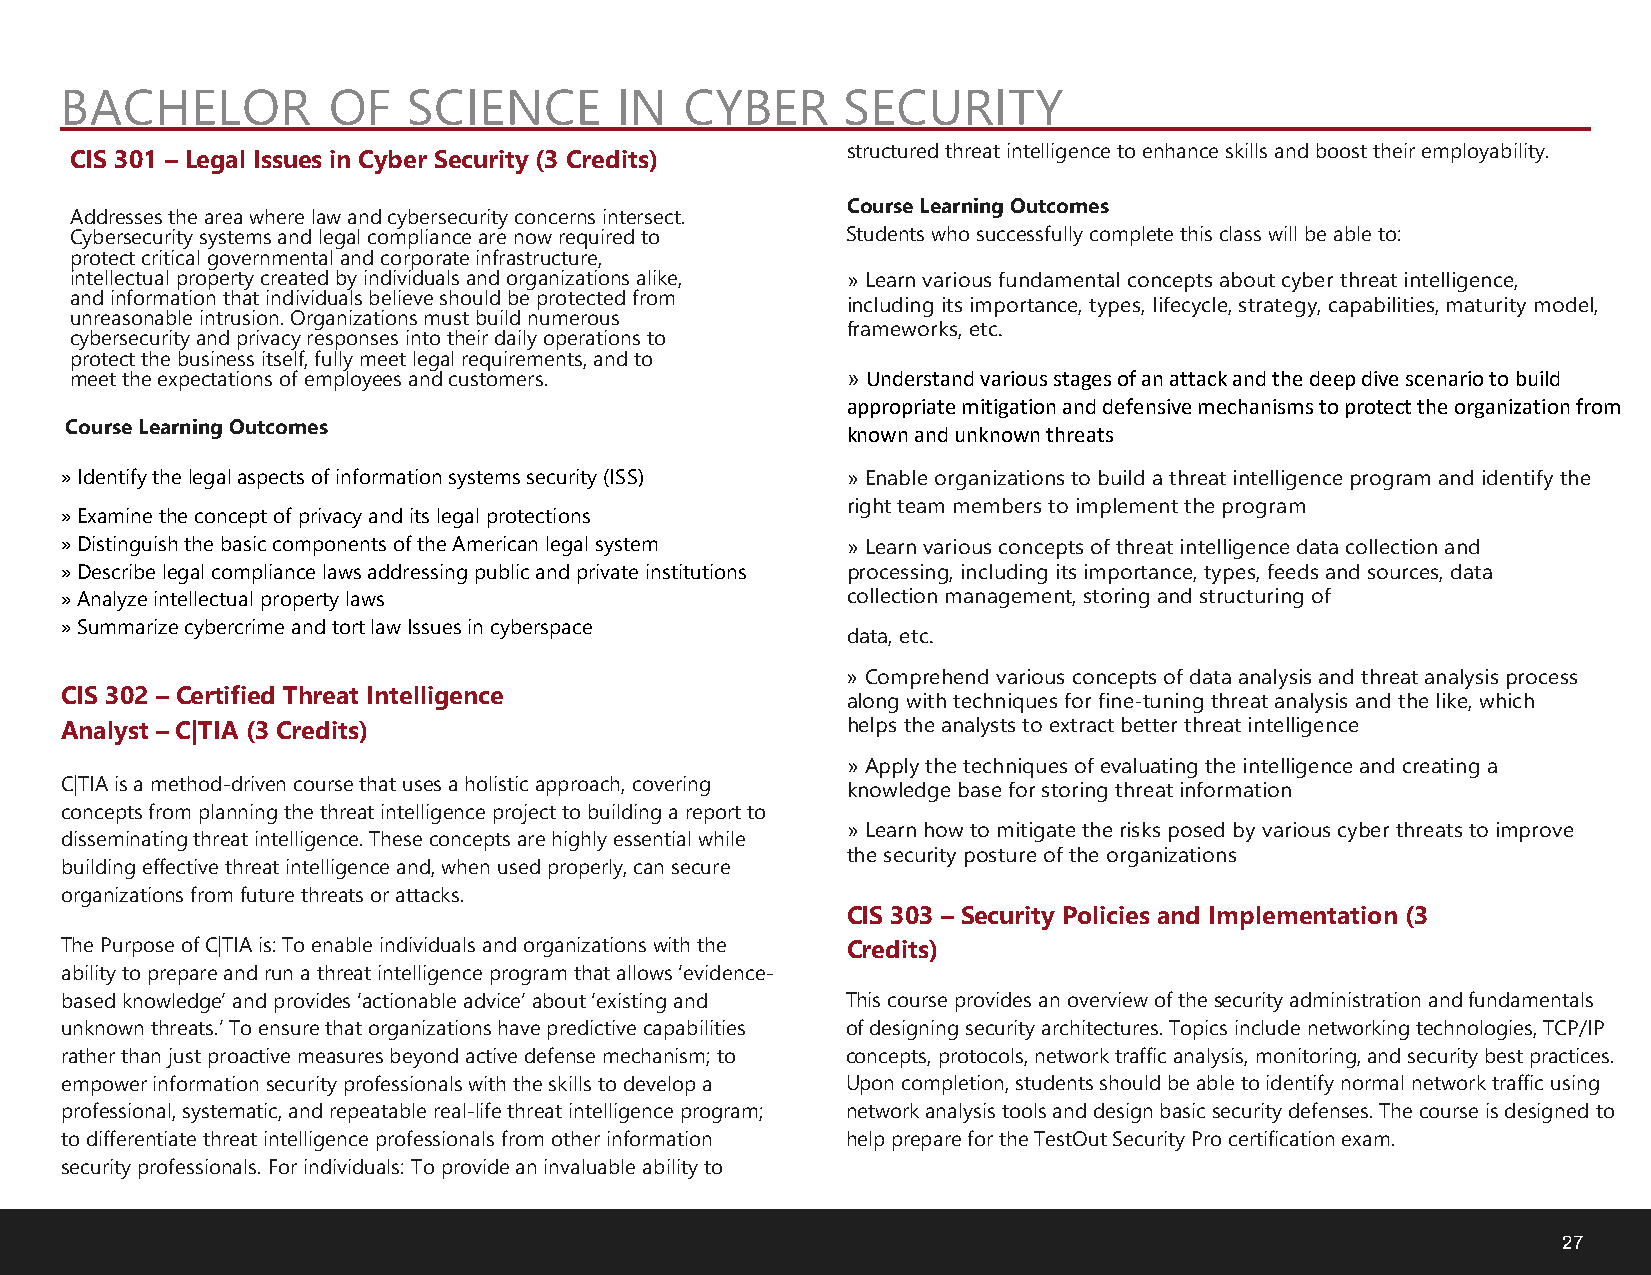
BACHELOR          OF   SCIENCE       IN  CYBER      SECURITY
 structured threat intelligence to enhance skills and boost their employability.
 CIS 301 – Legal Issues in Cyber Security (3 Credits)
 Course Learning Outcomes
 Addresses the area where law and cybersecurity concerns intersect.
 Cybersecurity systems and legalcompliance are now required to Students who successfully complete this class will be able to:
 protectcritical governmental and corporate infrastructure,
 intellectual propertycreated by individuals and organizations alike, »Learn various fundamental concepts about cyber threat intelligence,
 and information that individuals believe should be protected from
 including its importance, types, lifecycle, strategy, capabilities, maturity model,
 unreasonable intrusion. Organizations must build numerous
 frameworks, etc.
 cybersecurity and privacy responses into their daily operations to
 protect the business itself, fully meet legal requirements, and to
 meet the expectations of employees and customers.  » Understand various stages of an attack and the deep dive scenario to build
 appropriate mitigation and defensive mechanisms to protect the organization from
 Course Learning Outcomes                            known and unknown threats
 »Identify the legal aspects of information systems security (ISS) »Enable organizations to build a threat intelligence program and identify the
 right team members to implement the program
 »Examine the concept of privacy and its legal protections
 »Distinguish the basic components of the American legal system »Learn various concepts of threat intelligence data collection and
 »Describe legal compliance laws addressing public and private institutions processing, including its importance, types, feeds and sources, data
 »Analyze intellectual property laws                 collection management, storing and structuring of
 »Summarize cybercrime and tort law Issues in cyberspace
 data, etc.
 » Comprehend various concepts of data analysis and threat analysis process
 CIS 302 – Certified Threat Intelligence             along with techniques for fine-tuning threat analysis and the like, which
 Analyst – C|TIA (3 Credits)                         helps the analysts to extract better threat intelligence
 »Apply the techniques of evaluating the intelligence and creating a
 C|TIA is a method-driven course that uses a holistic approach, covering knowledge base for storing threat information
 concepts from planning the threat intelligence project to building a report to
 »Learn how to mitigate the risks posed by various cyber threats to improve
 disseminating threat intelligence. These concepts are highly essential while
 the security posture of the organizations
 building effective threat intelligence and, when used properly, can secure
 organizations from future threats or attacks.
 CIS 303 – Security Policies and Implementation (3
 The Purpose of C|TIA is: To enable individuals and organizations with the Credits)
 ability to prepare and run a threat intelligence program that allows ‘evidence-
 based knowledge’ and provides ‘actionable advice’ about ‘existing and This course provides an overview of the security administration and fundamentals
 unknown threats.’ To ensure that organizations have predictive capabilities of designing security architectures. Topics include networking technologies, TCP/IP
 rather than just proactive measures beyond active defense mechanism; to concepts, protocols, network traffic analysis, monitoring, and security best practices.
 empower information security professionals with the skills to develop a Upon completion, students should be able to identify normal network traffic using
 professional, systematic, and repeatable real-life threat intelligence program; network analysis tools and design basic security defenses. The course is designed to
 to differentiate threat intelligence professionals from other information help prepare for the TestOut Security Pro certification exam.
 security professionals. For individuals: To provide an invaluable ability to
 27